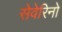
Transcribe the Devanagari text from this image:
सेवेरिनो